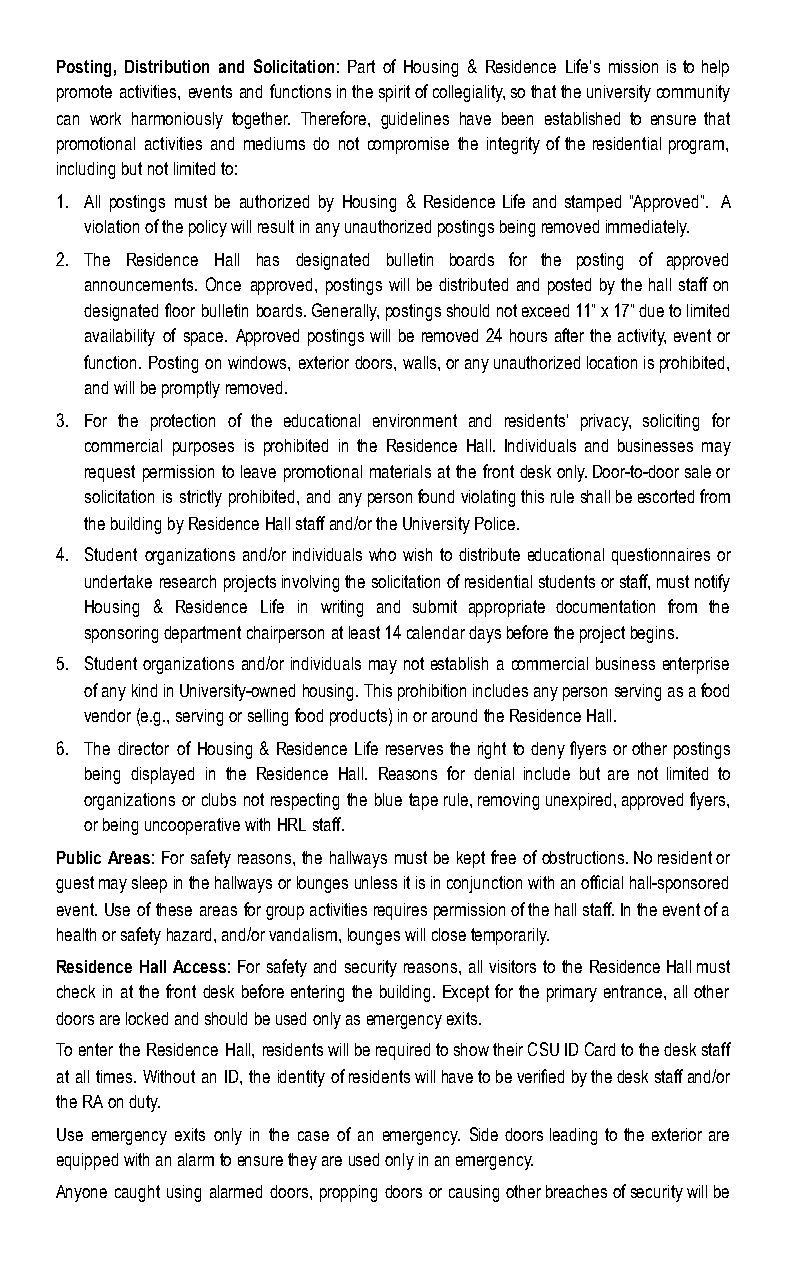
Posting, Distribution and Solicitation: Part of Housing & Residence Life’s mission is to help
 promote activities, events and functions in the spirit of collegiality, so that the university community
 can work harmoniously together. Therefore, guidelines have been established to ensure that
 promotional activities and mediums do not compromise the integrity of the residential program,
 including but not limited to:
 1. All postings must be authorized by Housing & Residence Life and stamped “Approved”. A
 violation of the policy will result in any unauthorized postings being removed immediately.
 2. The Residence Hall has designated bulletin boards for the posting of approved
 announcements. Once approved, postings will be distributed and posted by the hall staff on
 designated floor bulletin boards. Generally, postings should not exceed 11” x 17” due to limited
 availability of space. Approved postings will be removed 24 hours after the activity, event or
 function. Posting on windows, exterior doors, walls, or any unauthorized location is prohibited,
 and will be promptly removed.
 3. For the protection of the educational environment and residents’ privacy, soliciting for
 commercial purposes is prohibited in the Residence Hall. Individuals and businesses may
 request permission to leave promotional materials at the front desk only. Door-to-door sale or
 solicitation is strictly prohibited, and any person found violating this rule shall be escorted from
 the building by Residence Hall staff and/or the University Police.
 4. Student organizations and/or individuals who wish to distribute educational questionnaires or
 undertake research projects involving the solicitation of residential students or staff, must notify
 Housing & Residence Life in writing and submit appropriate documentation from the
 sponsoring department chairperson at least 14 calendar days before the project begins.
 5. Student organizations and/or individuals may not establish a commercial business enterprise
 of any kind in University-owned housing. This prohibition includes any person serving as a food
 vendor (e.g., serving or selling food products) in or around the Residence Hall.
 6. The director of Housing & Residence Life reserves the right to deny flyers or other postings
 being displayed in the Residence Hall. Reasons for denial include but are not limited to
 organizations or clubs not respecting the blue tape rule, removing unexpired, approved flyers,
 or being uncooperative with HRL staff.
 Public Areas: For safety reasons, the hallways must be kept free of obstructions. No resident or
 guest may sleep in the hallways or lounges unless it is in conjunction with an official hall-sponsored
 event. Use of these areas for group activities requires permission of the hall staff. In the event of a
 health or safety hazard, and/or vandalism, lounges will close temporarily.
 Residence Hall Access: For safety and security reasons, all visitors to the Residence Hall must
 check in at the front desk before entering the building. Except for the primary entrance, all other
 doors are locked and should be used only as emergency exits.
 To enter the Residence Hall, residents will be required to show their CSU ID Card to the desk staff
 at all times. Without an ID, the identity of residents will have to be verified by the desk staff and/or
 the RA on duty.
 Use emergency exits only in the case of an emergency. Side doors leading to the exterior are
 equipped with an alarm to ensure they are used only in an emergency.
 Anyone caught using alarmed doors, propping doors or causing other breaches of security will be